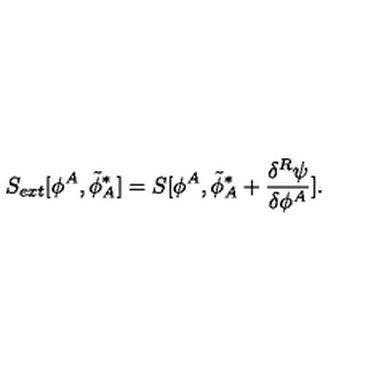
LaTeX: S _ { e x t } [ \phi ^ { A } , { \tilde { \phi } } _ { A } ^ { * } ] = S [ \phi ^ { A } , { \tilde { \phi } } _ { A } ^ { * } + \frac { \delta ^ { R } \psi } { \delta \phi ^ { A } } ] .